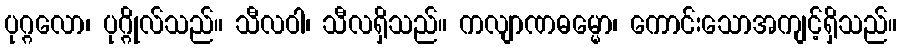
ပုဂ္ဂလော၊ ပုဂ္ဂိုလ်သည်။ သီလဝါ၊ သီလရှိသည်။ ကလျာဏဓမ္မော၊ ကောင်းသောအကျင့်ရှိသည်။